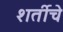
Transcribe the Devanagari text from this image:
शर्तीचे